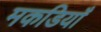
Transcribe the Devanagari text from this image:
मकडियाँ